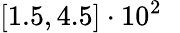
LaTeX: [1.5,4.5]\cdot 10^{2}\phantom{^{-}}